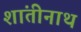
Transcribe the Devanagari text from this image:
शांतीनाथ